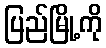
ပြည်မြို့ကို